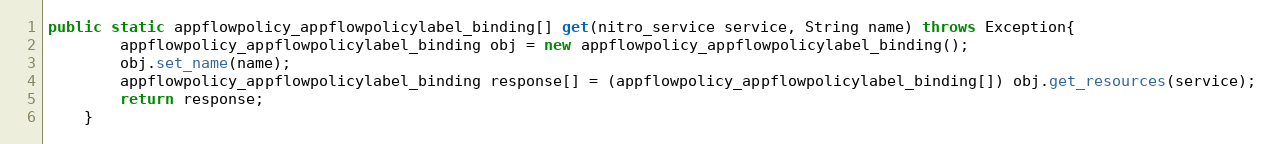
Language: Java
public static appflowpolicy_appflowpolicylabel_binding[] get(nitro_service service, String name) throws Exception{
		appflowpolicy_appflowpolicylabel_binding obj = new appflowpolicy_appflowpolicylabel_binding();
		obj.set_name(name);
		appflowpolicy_appflowpolicylabel_binding response[] = (appflowpolicy_appflowpolicylabel_binding[]) obj.get_resources(service);
		return response;
	}